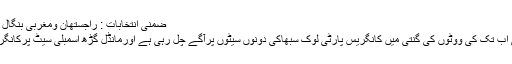
ضمنی انتخابات : راجستھان ومغربی بنگال میں بی جے پی کو جھٹکا : Rashidul Islam :
مغربی بنگال وراجستھان ضمنی انتخابات میں ہوئی اب تک کی ووٹوں کی گنتی میں کانگریس پارٹی لوک سبھاکی دونوں سیٹوں پرآگے چل رہی ہے اورمانڈل گڑھ اسمبلی سیٹ پرکانگریس 12ہزار976ووٹوں سے جیت حاصل کی ہے۔